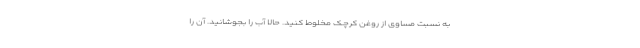
به نسبت مساوی از روغن کرچک مخلوط کنید. حالا آب را بجوشانید. آن را